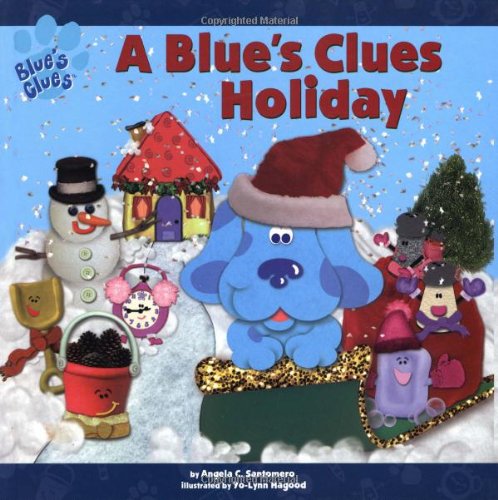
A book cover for A Blue's Clues Holiday (Blue's Clues (Simon & Schuster Hardcover)); Angela C. Santomero; Children's Books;